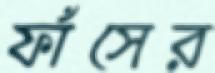
ফাঁসের